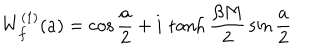
LaTeX: W _ { f } ^ { ( 1 ) } ( a ) = \cos { \frac { a } { 2 } } + i \, \tanh { \frac { \beta M } { 2 } } \sin { \frac { a } { 2 } }